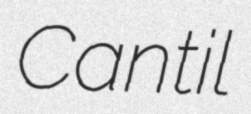
Cantil